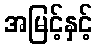
အမြင့်နှင့်